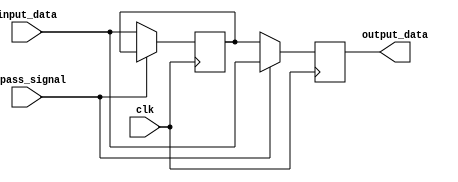
module SimpleBypassRegister (
    input wire clk,
    input wire bypass_signal,
    input wire [31:0] input_data,
    output wire [31:0] output_data
);

reg [31:0] register_data;

always @(posedge clk) begin
    if (bypass_signal) begin
        output_data <= input_data;
    end else begin
        register_data <= input_data;
        output_data <= register_data;
    end
end

endmodule